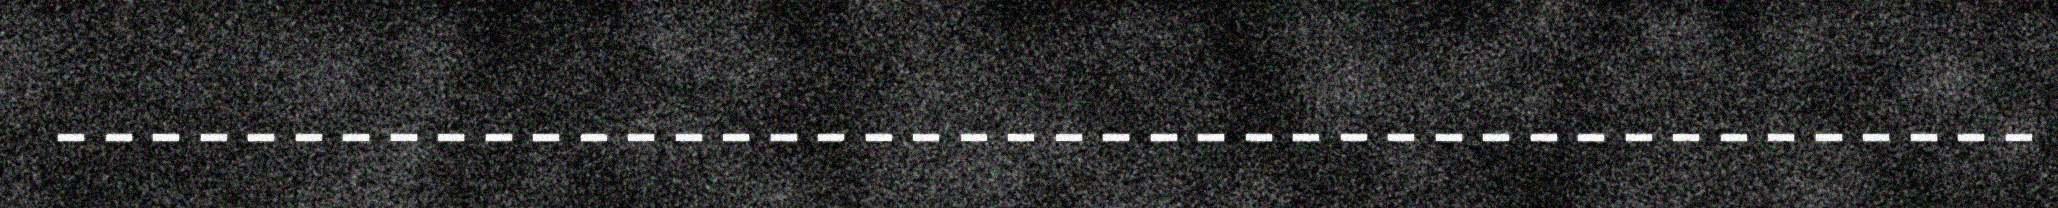
‐‐‐‐‐‐‐‐‐‐‐‐‐‐‐‐‐‐‐‐‐‐‐‐‐‐‐‐‐‐‐‐‐‐‐‐‐‐‐‐‐‐